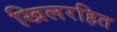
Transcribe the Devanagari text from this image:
खिलरहित